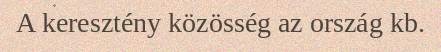
A keresztény közösség az ország kb.